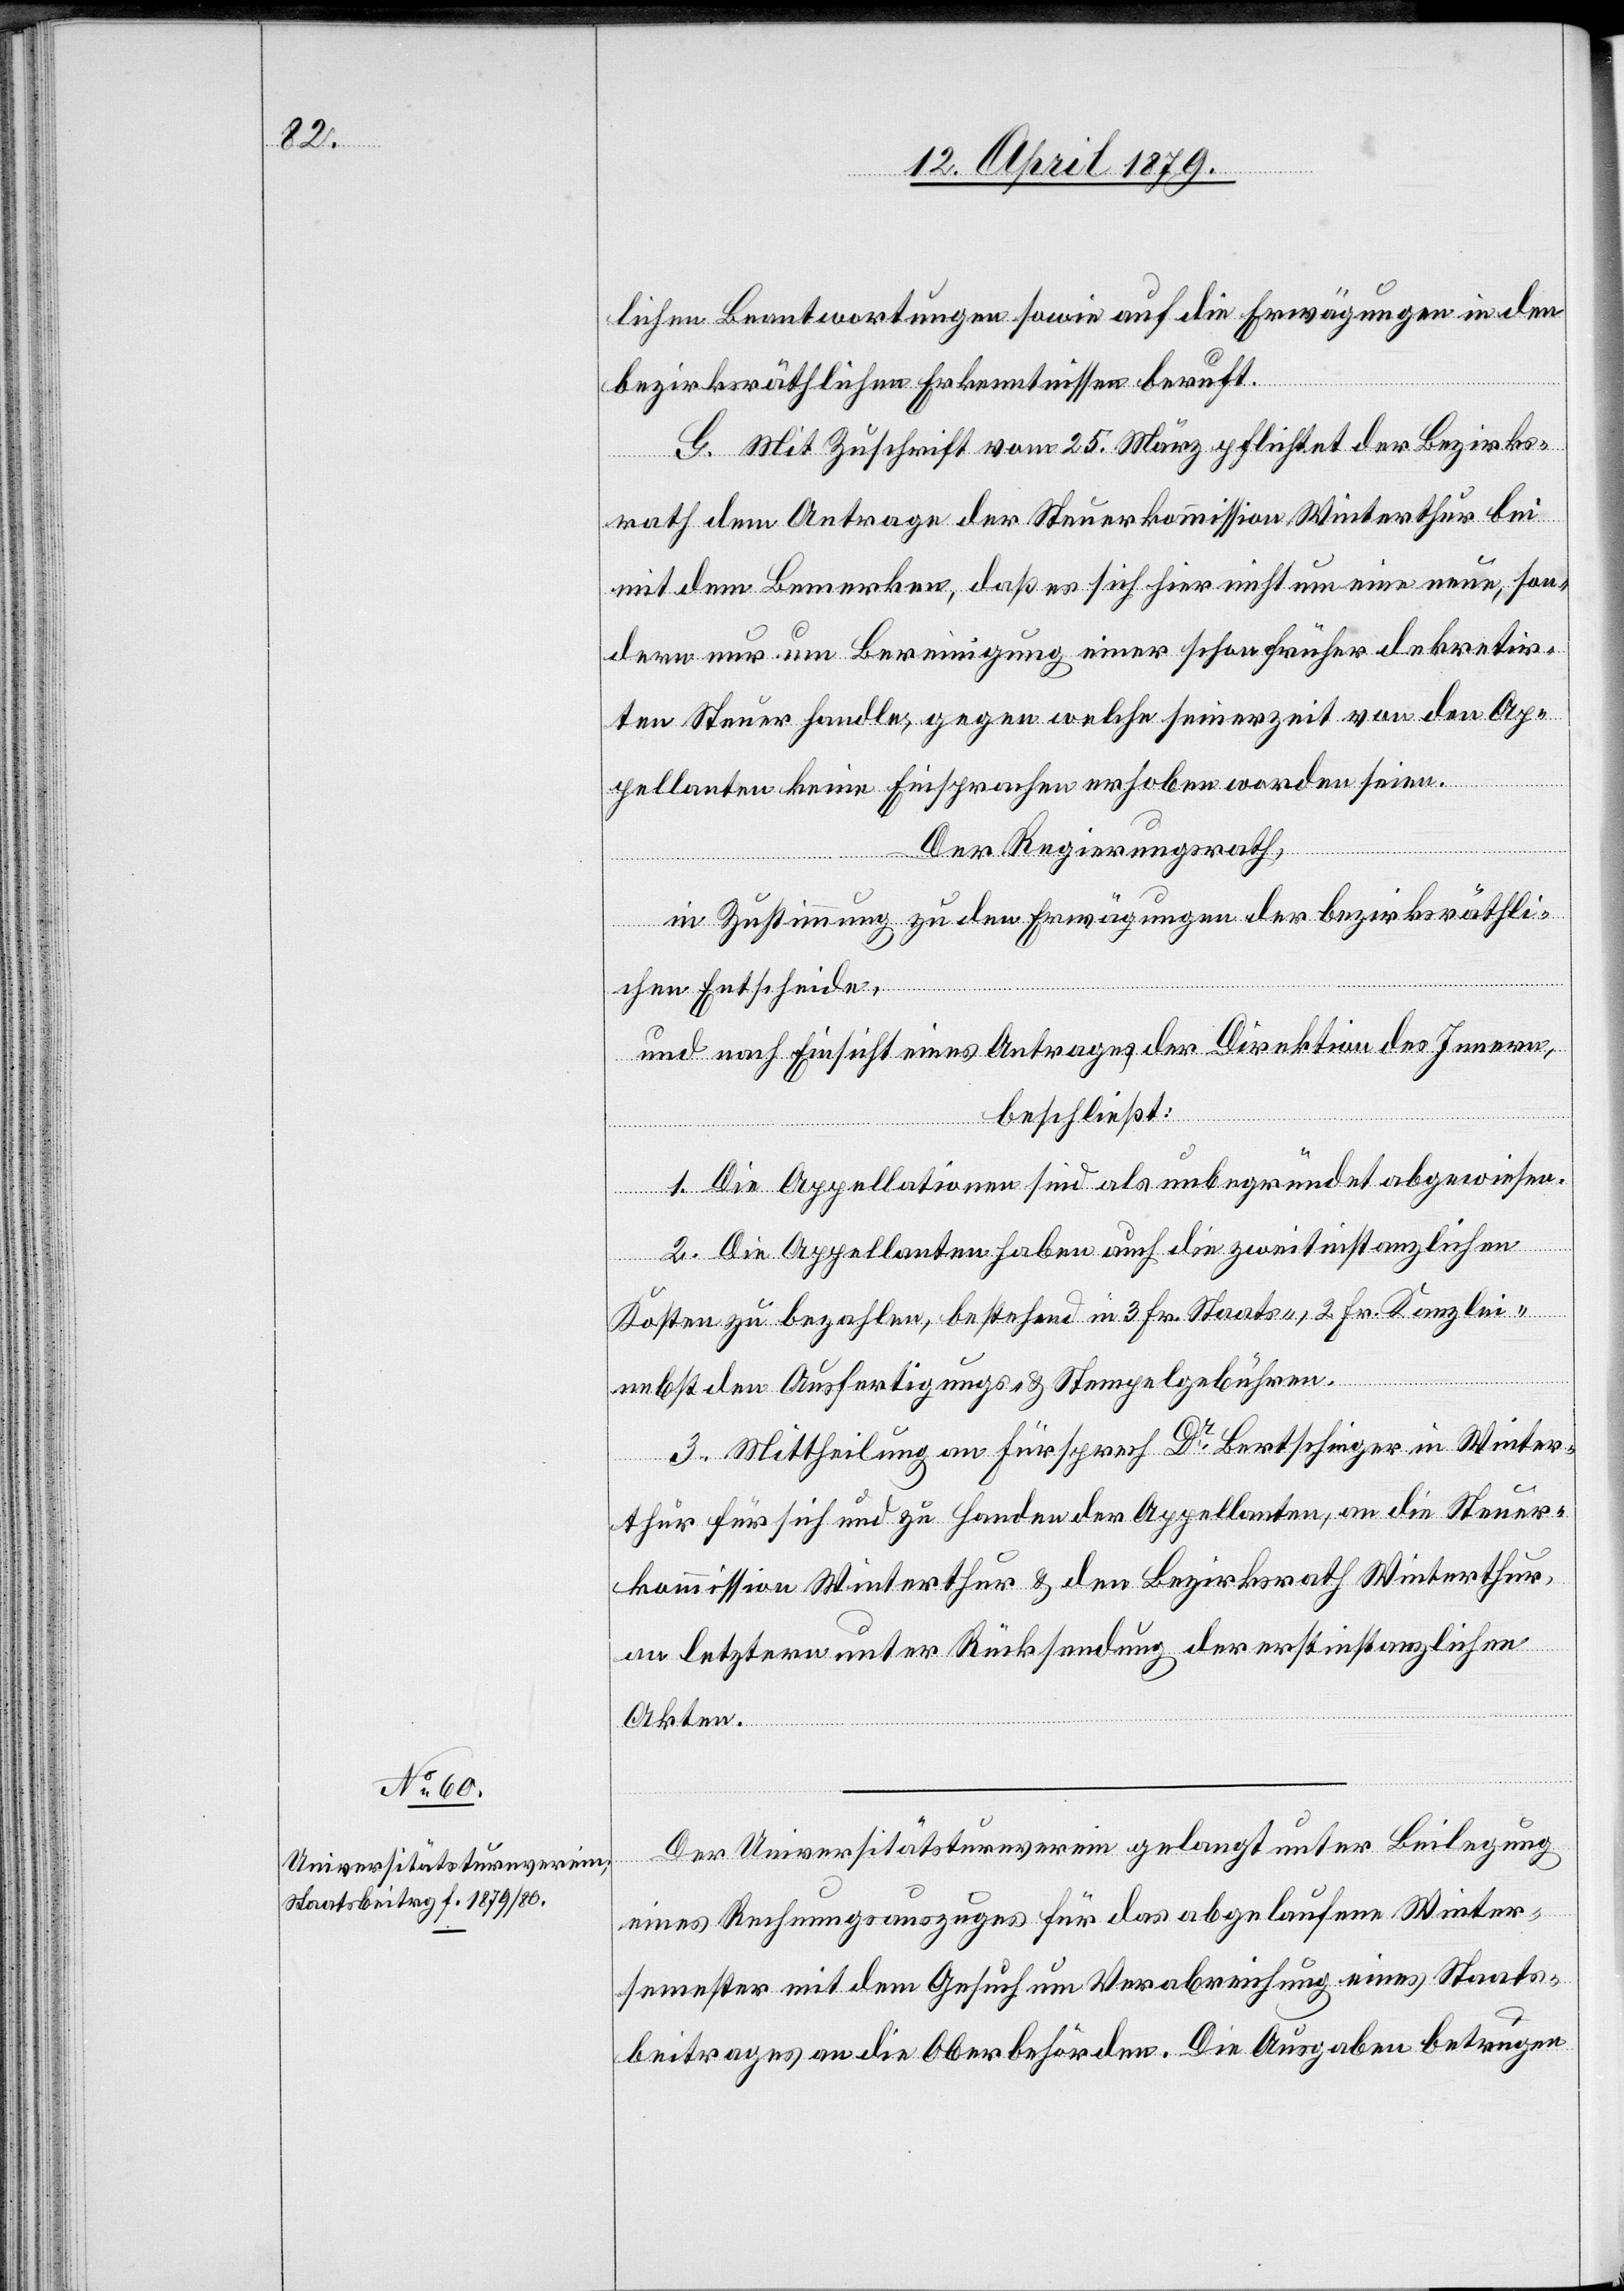
lichen Beantwortungen sowie auf die Erwägungen in den
bezirksräthlichen Erkenntnissen beruft.
G. Mit Zuschrift vom 25. März pflichtet der Bezirks¬
rath dem Antrage der Steuerkommission Winterthur bei
mit dem Bemerken, daß es sich hier nicht um eine neue, son¬
dern nur um Bereinigung einer schon früher dekretir¬
ten Steuer handle, gegen welche seinerzeit von den Ap¬
pellanten keine Einsprachen erhoben worden seien.
Der Regierungsrath,
in Zustimmung zu den Erwägungen der bezirksräthli¬
chen Entscheide,
und nach Einsicht eines Antrages der Direktion des Innern,
beschließt:
1. Die Appellationen sind als unbegründet abgewiesen.
2. Die Appellanten haben auch die zweitinstanzlichen
Kosten zu bezahlen, bestehend in 3 Fr. Staats-, 2 Fr. Kanzlei-
nebst den Ausfertigungs- & Stempelgebühren.
3. Mittheilung an Fürsprech Dr Bertschinger in Winter¬
thur für sich und zu Handen der Appellanten, an die Steuer¬
kommission Winterthur & den Bezirksrath Winterthur,
an letztern unter Rücksendung der erstinstanzlichen
Akten.
Der Universitätsturnverein gelangt unter Beilegung
eines Rechnungsauszuges für das abgelaufene Winter¬
semester mit dem Gesuch um Verabreichung eines Staats¬
beitrages an die Oberbehörden. Die Ausgaben betrugen